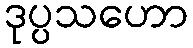
ဒုပ္ပသဟော